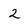
Character: 2